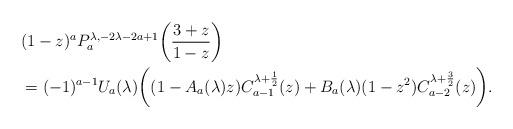
LaTeX: \begin{align*}&(1-z)^aP^{\lambda, -2\lambda-2a+1}_a\bigg(\frac{3+z}{1-z}\bigg)\\&=(-1)^{a-1}U_a(\lambda) \bigg((1-A_a(\lambda)z)C^{\lambda+\frac{1}{2}}_{a-1}(z)+B_a(\lambda)(1-z^2)C^{\lambda+\frac{3}{2}}_{a-2}(z) \bigg).\end{align*}